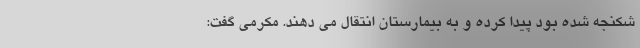
شکنجه شده بود پیدا کرده و به بیمارستان انتقال می دهند. مکرمی گفت: